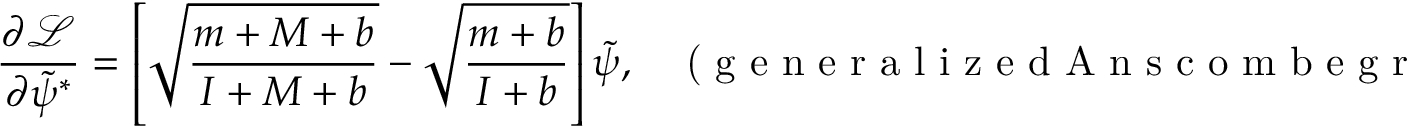
\frac { \partial \mathcal { L } } { \partial \tilde { \psi } ^ { * } } = \left[ \sqrt { \frac { m + M + b } { I + M + b } } - \sqrt { \frac { m + b } { I + b } } \right] \tilde { \psi } , \; \; \; \textrm { ( g e n e r a l i z e d A n s c o m b e g r a d i e n t ) }